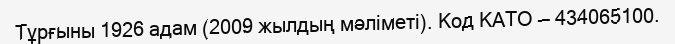
Тұрғыны 1926 адам (2009 жылдың мәліметі). Код КАТО — 434065100.